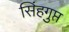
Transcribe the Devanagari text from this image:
सिंहगुप्त